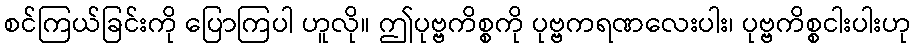
စင်ကြယ်ခြင်းကို ပြောကြပါ ဟူလို။ ဤပုဗ္ဗကိစ္စကို ပုဗ္ဗကရဏလေးပါး၊ ပုဗ္ဗကိစ္စငါးပါးဟု